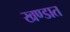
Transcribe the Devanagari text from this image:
खण्डात